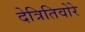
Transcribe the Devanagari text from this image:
देत्रितिवोरे